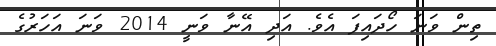
ތިން ވަނަ ހޯދައިފަ އެވެ. އަދި އޭނާ ވަނީ 2014 ވަނަ އަހަރުގެ